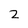
Character: 2